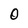
Character: 0